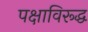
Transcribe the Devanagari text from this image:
पक्षाविरूद्ध